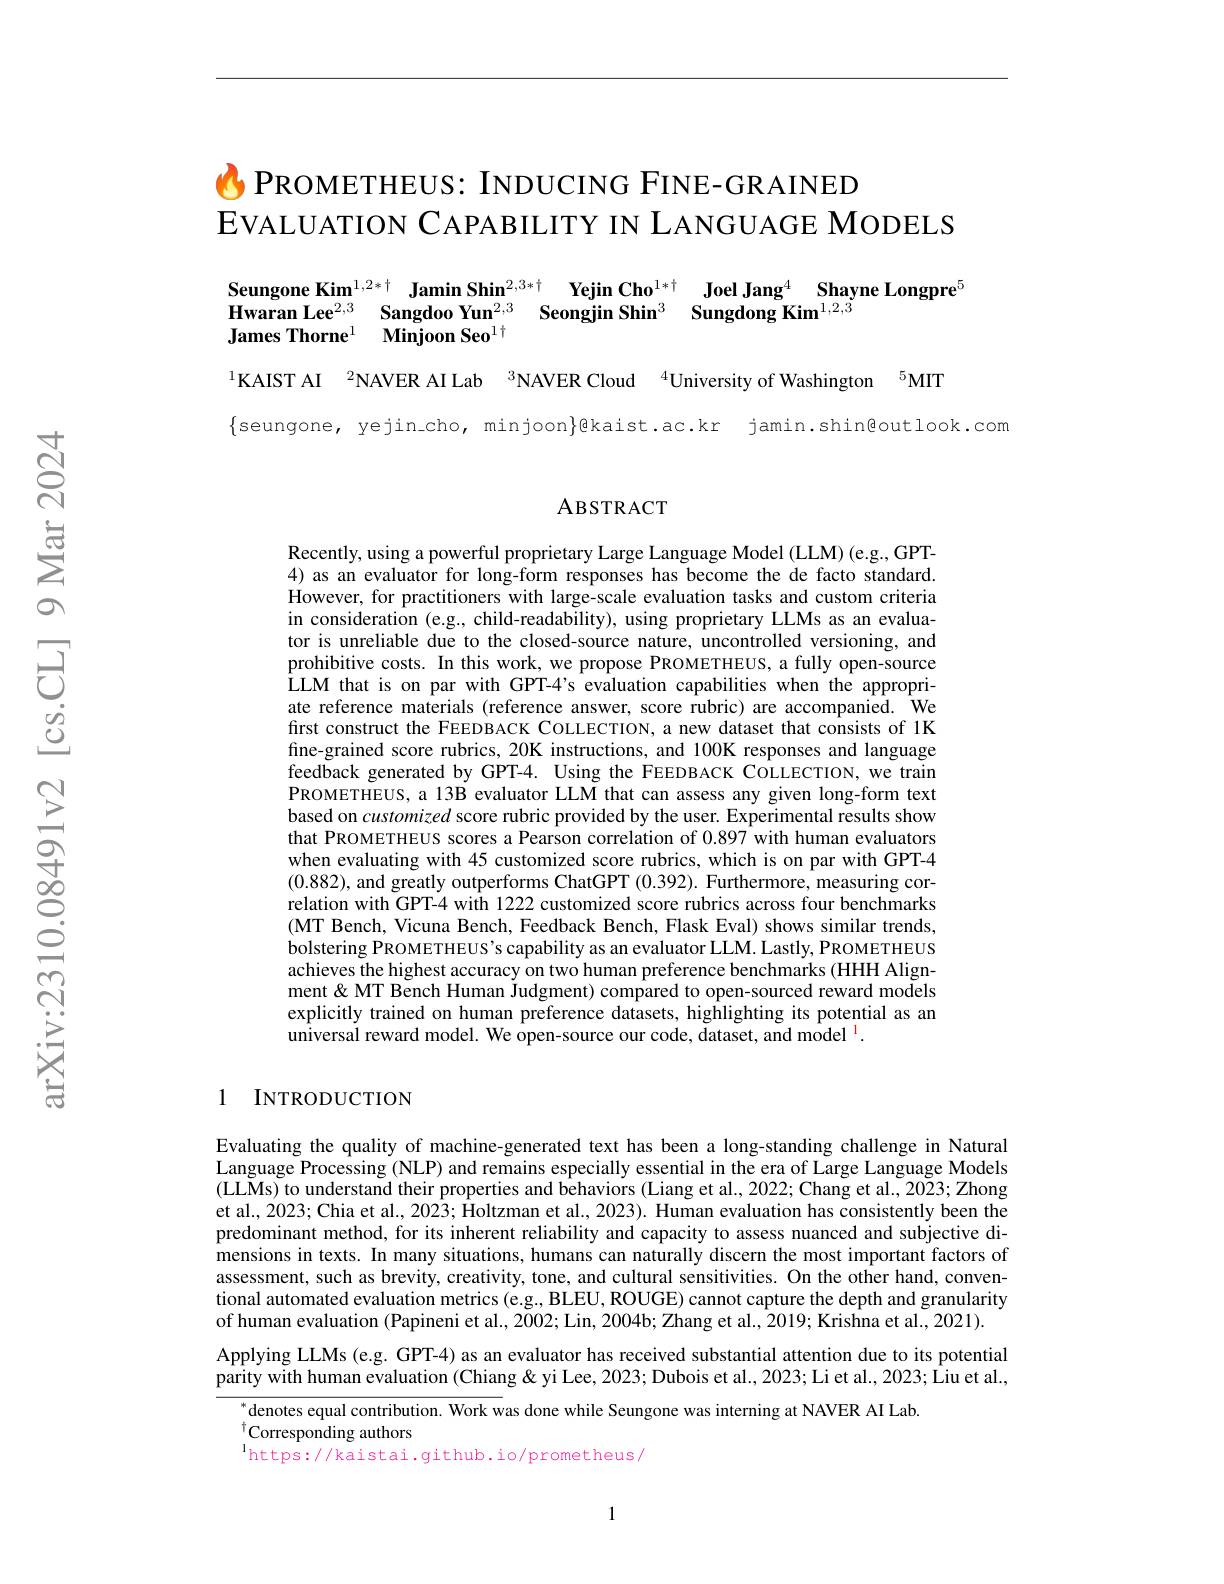
# $C$ PROMETHEUS: INDUCING FINE-GRAINED EVALUATION CAPABILITY IN LANGUAGE MODELS

Seungone Kim$^{1,2*\dagger}\textbf{Jamin Shin}^{2,3*\dagger}$ Yejin Cho$^{1*\dagger}$ Joel Jang$^{4}$ Shayne Longpre$^{5}$
Hwaran Lee$^{2, 3}$ $\textbf{Sangdoo Yun}^{2, 3}$ $\textbf{Seongjin Shin}^{3}$ $\textbf{Sungdong Kim}^{1, 2, 3}$
James Thorne$^1$ Minjoon Seo$^1\dagger$

$^{1}$KAIST AI $^{2}$NAVER AI Lab $^{3}$NAVER Cloud $^{4}$University of Washington$^{5}$MIT

$\{$seungone, yejin.cho, minjoon}gkaist.ac.kr jamin.shin@outlook.com

### ABSTRACT

Recently, using a powerful proprietary Large Language Model (LLM) (e.g., GPT- 4) as an evaluator for long-form responses has become the de facto standard. However, for practitioners with large-scale evaluation tasks and custom criteria in consideration (e.g., child-readability), using proprietary LLMs as an evaluator is unreliable due to the closed-source nature, uncontrolled versioning, and prohibitive costs. In this work, we propose PROMETHEUS, a fully open-source LLM that is on par with GPT-4's evaluation capabilities when the appropriate reference materials (reference answer, score rubric) are accompanied. We first construct the FEEDBACK COLLECTION, a new dataset that consists of 1K fine-grained score rubrics, 20K instructions, and 100K responses and language feedback generated by GPT-4. Using the FEEDBACK COLLECTION, we train PROMETHEUS, a 13B evaluator LLM that can assess any given long-form text based on customized score rubric provided by the user. Experimental results show that PROMETHEUS scores a Pearson correlation of 0.897 with human evaluators when evaluating with 45 customized score rubrics, which is on par with GPT-4 (0.882), and greatly outperforms ChatGPT (0.392). Furthermore, measuring correlation with GPT-4 with 1222 customized score rubrics across four benchmarks (MT Bench, Vicuna Bench, Feedback Bench, Flask Eval) shows similar trends, bolstering PROMETHEUs's capability as an evaluator LLM. Lastly, PROMETHEUS achieves the highest accuracy on two human preference benchmarks (HHH Alignment& MT Bench Human Judgment) compared to open-sourced reward models explicitly trained on human preference datasets, highlighting its potential as an universal reward model. We open-source our code, dataset, and model $^{\mathrm{l}}.$

1 INTRODUCTION

Evaluating the quality of machine-generated text has been a long-standing challenge in Natural Language Processing (NLP) and remains especially essential in the era of Large Language Models (LLMs) to understand their properties and behaviors (Liang et al., 2022; Chang et al., 2023; Zhong et al., 2023; Chia et al., 2023; $\hat{\text{Holtzmanetal.,2023).Humanevaluationhasconsistentlybeenthe}}$ predominant method, for its inherent reliability and capacity to assess nuanced and subjective dimensions in texts. In many situations, humans can naturally discern the most important factors of assessment, such as brevity, creativity, tone, and cultural sensitivities. On the other hand, conventional automated evaluation metrics (e.g., BLEU, ROUGE) cannot capture the depth and granularity of human evaluation (Papineni et al., 2002; Lin, 2004b; Zhang et al., 2019; Krishna et al., 2021).
Applying LLMs (e.g. GPT-4) as an evaluator has received substantial attention due to its potential parity with human evaluation (Chiang & yi Lee, 2023; Dubois et al., 2023; Li et al., 2023; Îu et al.,

$^{*}$denotes equal contribution. Work was done while Seungone was interning at NAVER AI Lab
$^{\dagger}$Corresponding authors
$^{\mathrm{l}}$https://kaistai.github.io/prometheus/

1